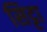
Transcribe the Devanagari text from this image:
सिट्टा